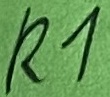
Text: R1